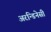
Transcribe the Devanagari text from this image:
अरन्डिनेसी